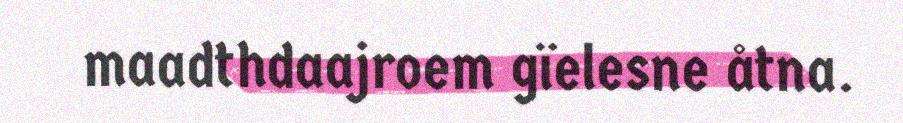
maadthdaajroem gïelesne åtna.